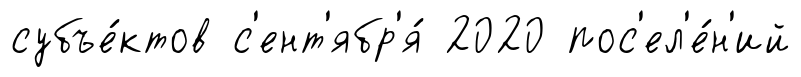
субъе́ктов с'ент'ябр'я́ 2020 пос'ел'е́н'ий